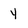
Character: y